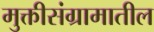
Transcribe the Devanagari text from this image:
मुक्तीसंग्रामातील